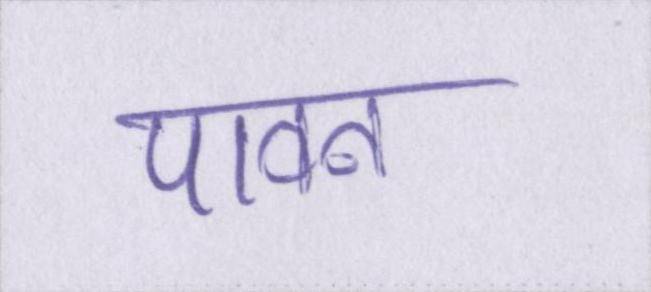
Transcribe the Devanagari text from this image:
पावन